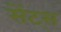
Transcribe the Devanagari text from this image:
सेंट्स्